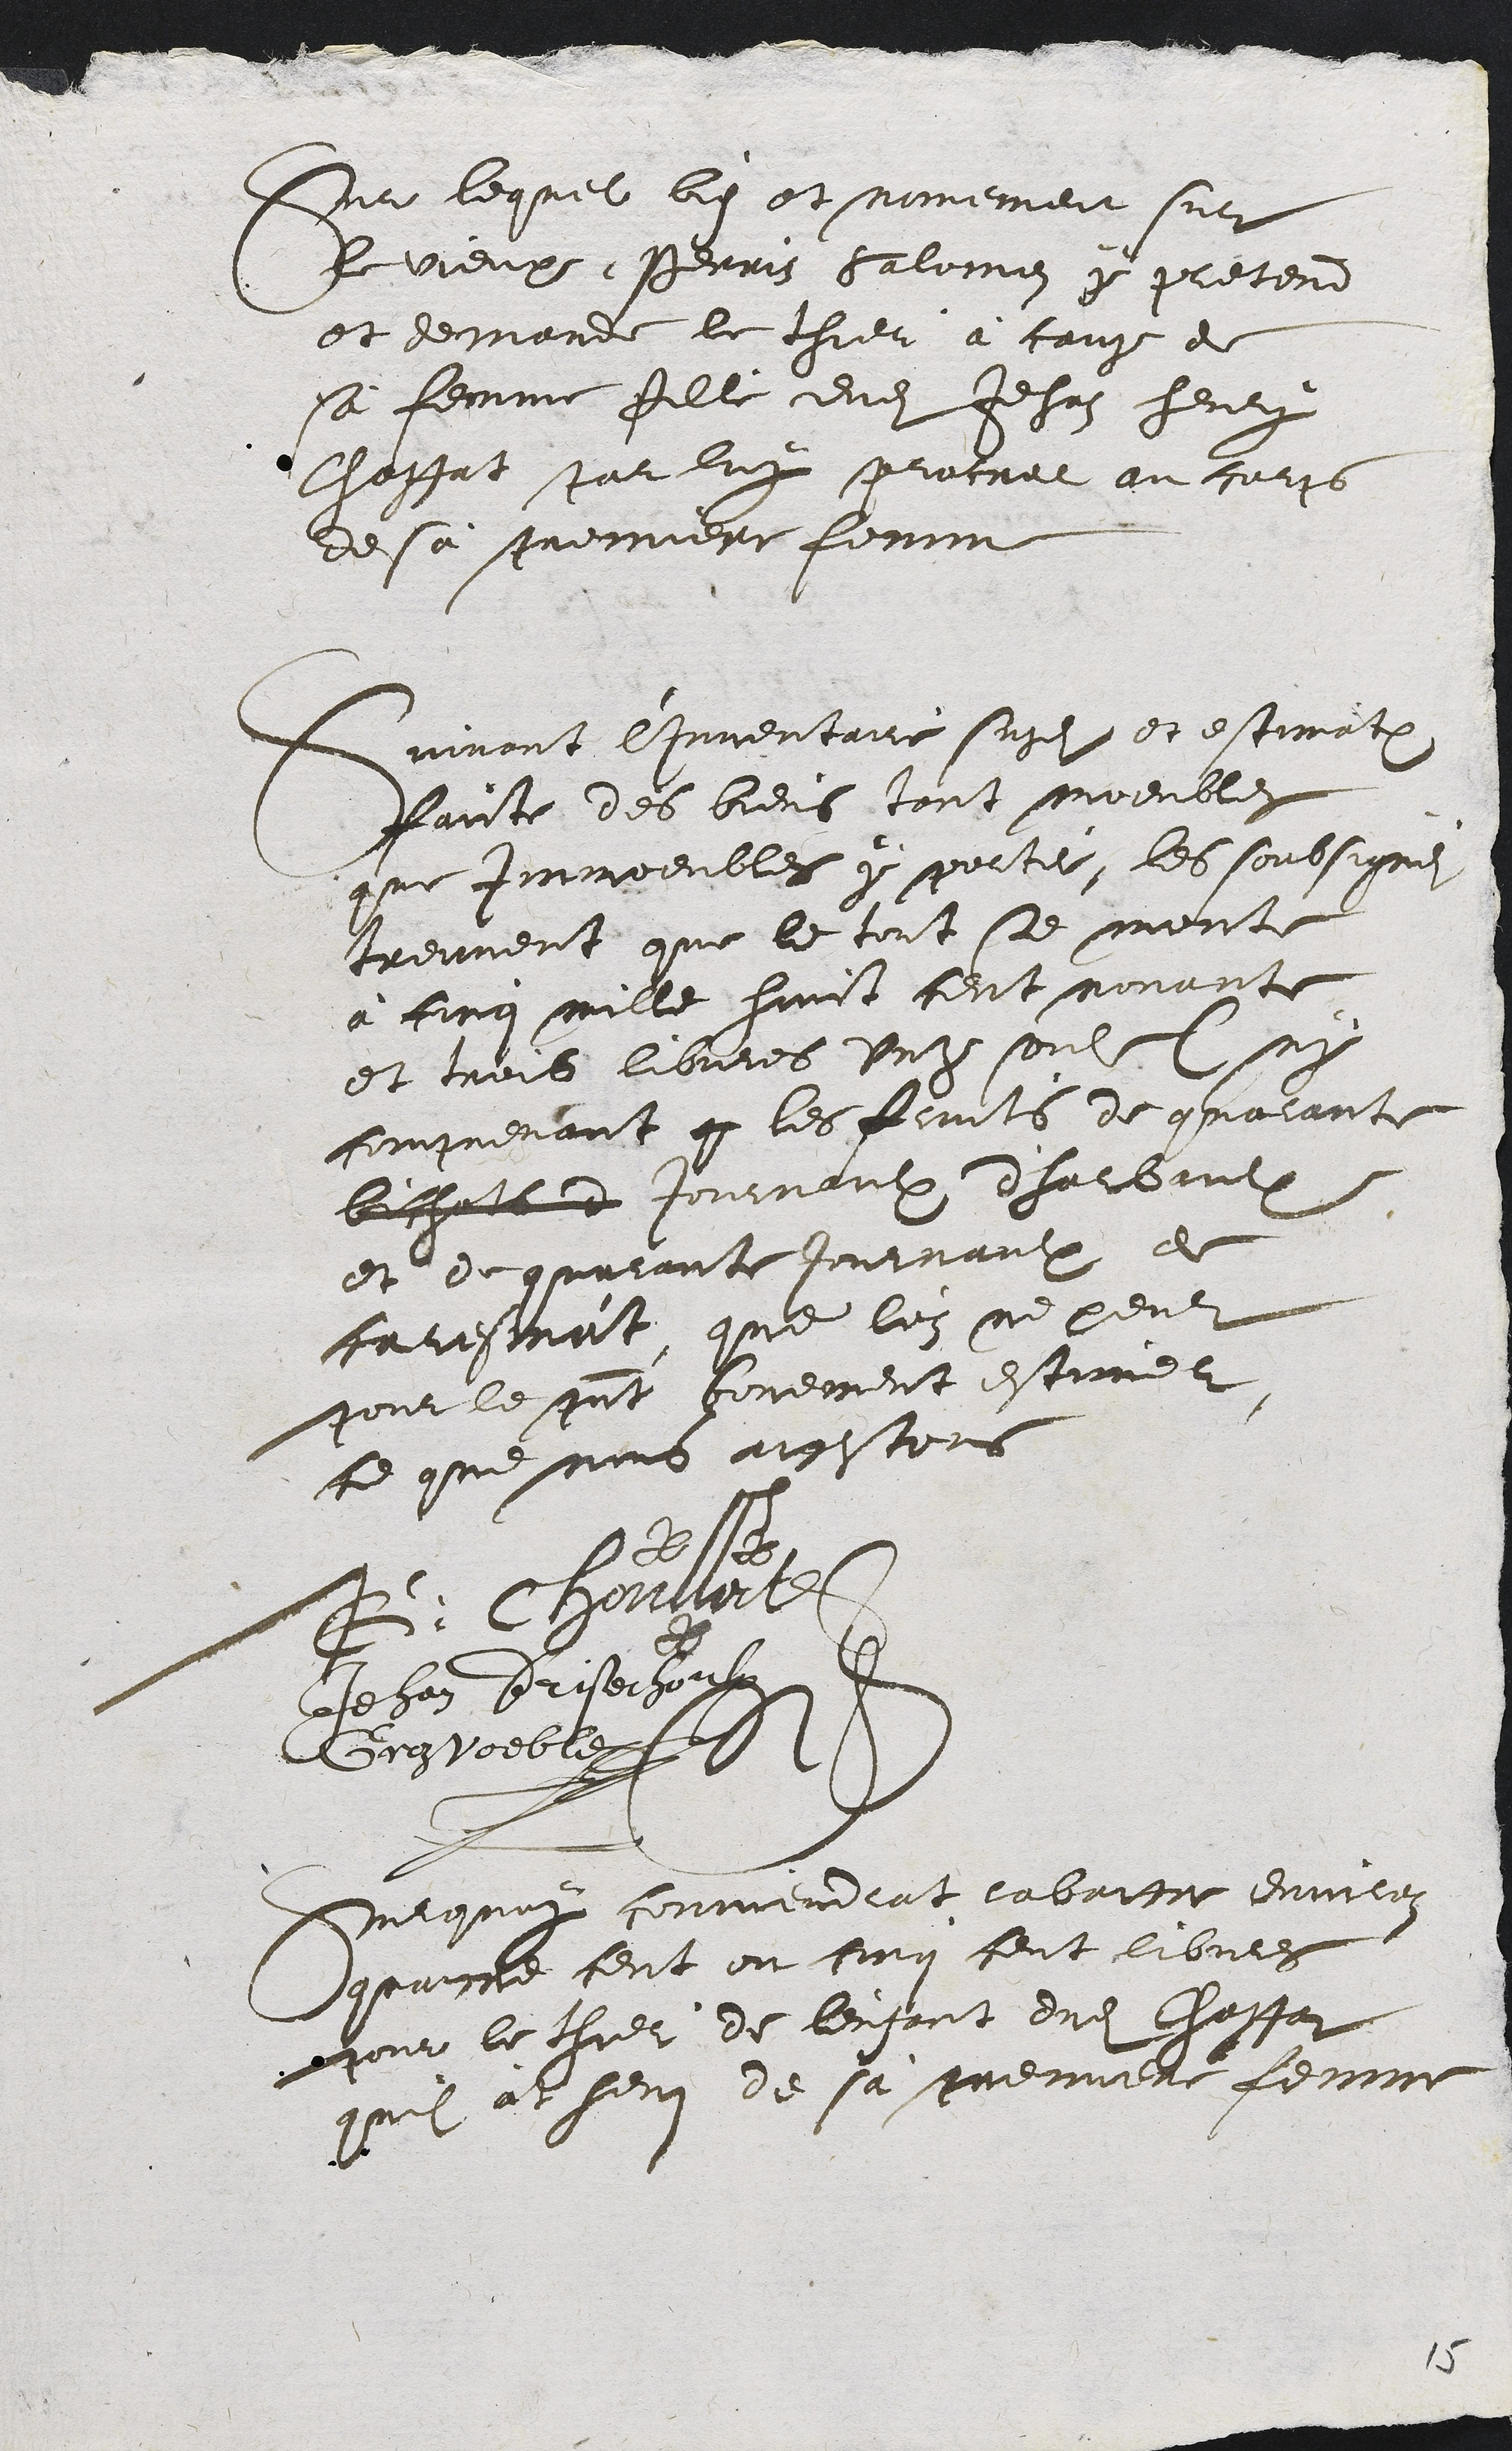
Du lequel bielz et mimemen sutie
Ivieupe Perriz Salomen pa pretend
et depande le thieu a cauge
sa femme fille dud(it Jehan heuliy
Chettrt sanlug selvacre au fargs
de sa sremnere femrr
Guurant Cumentane sucl et estimation.
Pauste des biens tout moenblex
que Immeeubles ppetee les soubsignes
treument que le toust se meust
a firg mille luis fest nonait
et traib lieutes vntz soul Csoy
fognenant py les Leiits de quaiante
bichal e Jouvaulo Thalbint
et dequalauee tutaul de
friesaaat que les ne peuts
Nont le guent goremnt estinel
ce que mis augstons
N Tholt
Jehan Sa cherhoub
Drestoebler
aquit cumendat labaig euntez
Dore feut ou fcrn feust librees
our le thier de lenfant dudit Chassan
quil alhe de sa stremnete femrre

5